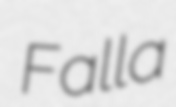
Falla